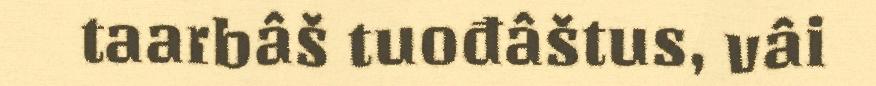
taarbâš tuođâštus, vâi